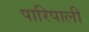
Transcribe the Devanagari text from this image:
पारिपाली